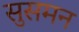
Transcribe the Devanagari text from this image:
सुसमन